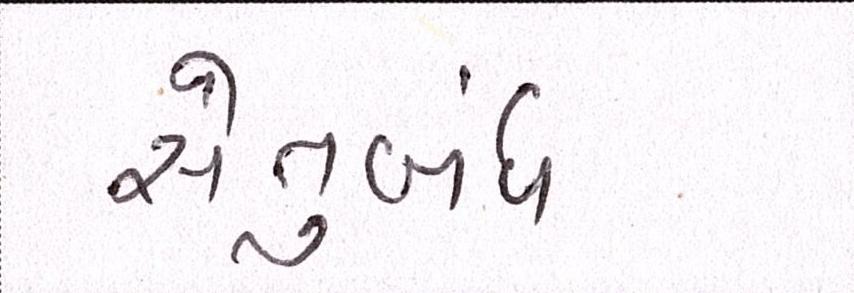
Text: સેતુબંધ